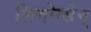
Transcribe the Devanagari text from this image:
सिमोन्सेन्